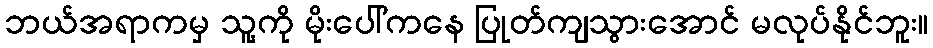
ဘယ်အရာကမှ သူ့ကို မိုးပေါ်ကနေ ပြုတ်ကျသွားအောင် မလုပ်နိုင်ဘူး။